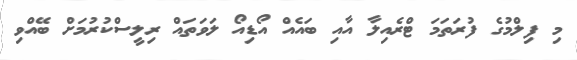
މި ފިލްމުގެ ފުރަތަމަ ޓްރެއިލާ އާއި ބައެއް އޯޑިއޯ ލަވަތައް ރިލީސްކުރުމަށް ބޭއްވި